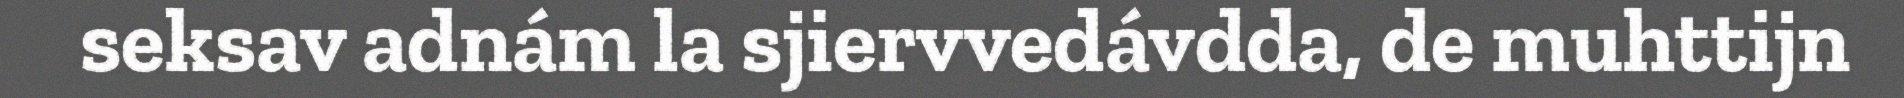
seksav adnám la sjiervvedávdda, de muhttijn